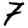
Digit: 7